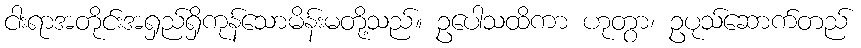
ငါးရာအတိုင်းအရှည်ရှိကုန်သောမိန်းမတို့သည်။ ဥပေါသထိကာ ဟုတွာ၊ ဥပုသ်ဆောက်တည်